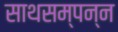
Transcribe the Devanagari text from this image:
साथसम्पन्न